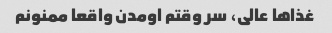
غذاها عالی، سر وقتم اومدن واقعا ممنونم